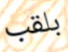
بلقب